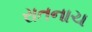
રાતનાચ